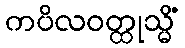
ကပိလဝတ္ထုသ္မိံ